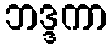
ဘဒ္ဒကာ